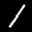
Label: 1